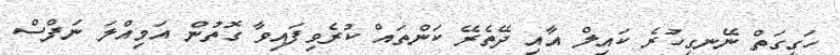
ހަގީގަތް ނޭނގިހުރެ ކައިލް އާއި ދޭތެރޭ ކަންތައް ކުރެވިފައިވާ ގޮތުން އަމިއްލަ ނަފްސް